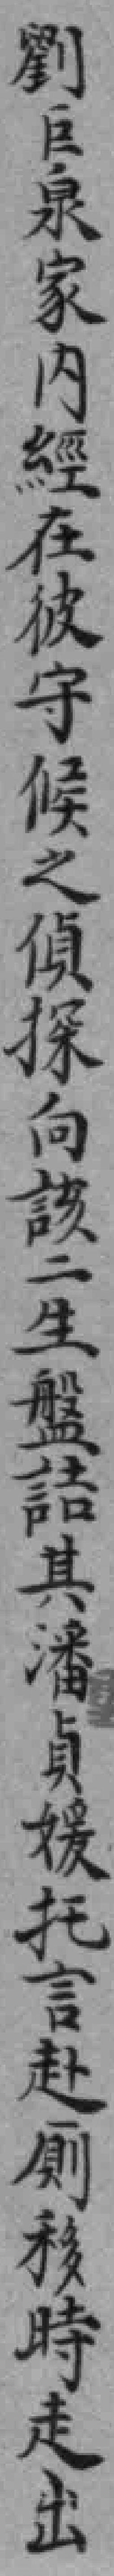
劉巨泉家內經在彼守候之偵探向該二生盤詰其潘貞媛托言赴厠移時走出